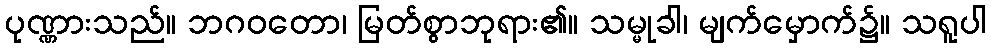
ပုဏ္ဏားသည်။ ဘဂဝတော၊ မြတ်စွာဘုရား၏။ သမ္မုခါ၊ မျက်မှောက်၌။ သရူပါ